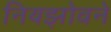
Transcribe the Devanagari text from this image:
नियझोवने